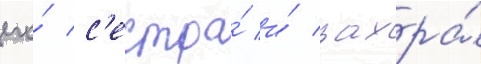
его́ с'естра́ и́ захра́